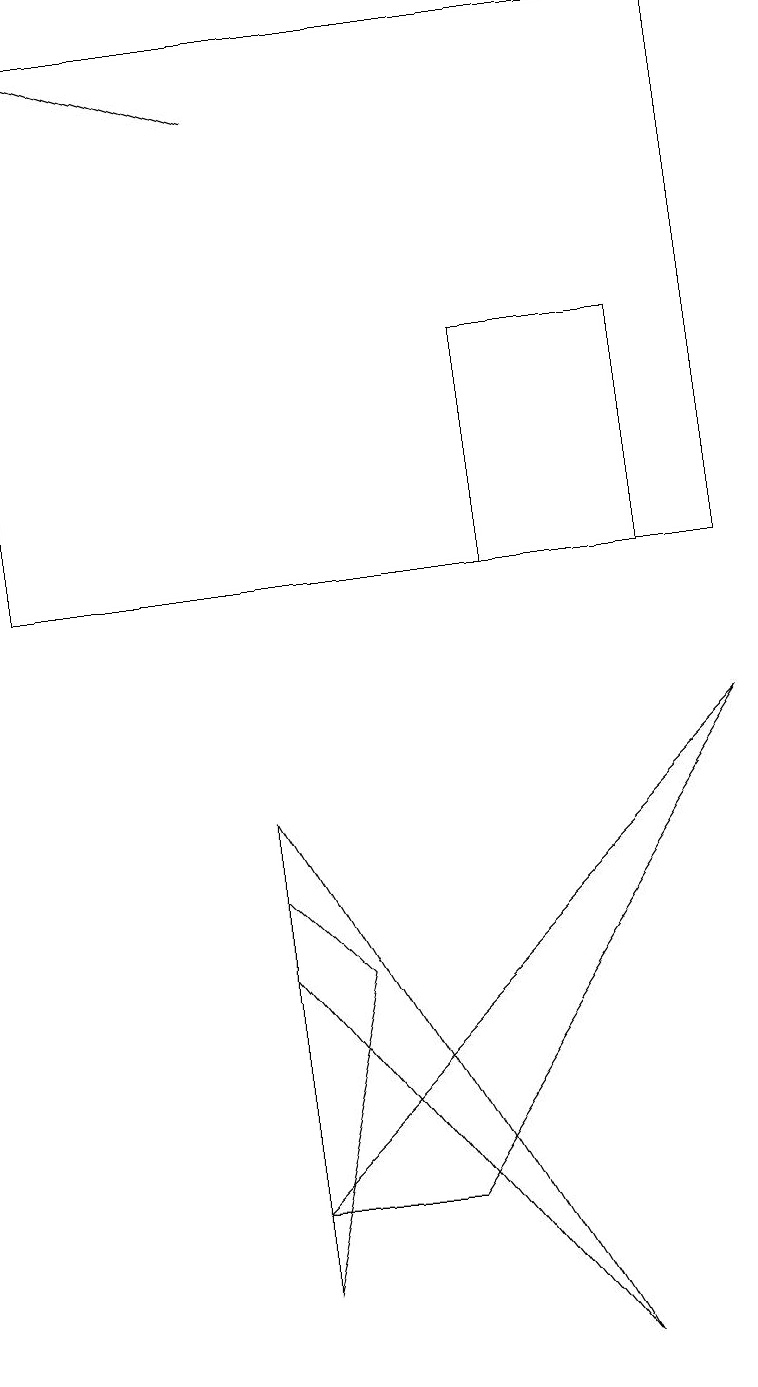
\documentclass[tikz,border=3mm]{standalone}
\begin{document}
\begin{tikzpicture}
\draw (0,11) rectangle (9,18);
\draw[->] (3,17) -- (0,18);
\draw (3,2) -- (4,6) -- (3,7) -- cycle;
\draw (3,3) -- (5,3) -- (9,9) -- cycle;
\draw (7,1) -- (3,6) -- (3,8) -- cycle;
\draw (6,11) rectangle (8,14);
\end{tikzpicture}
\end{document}